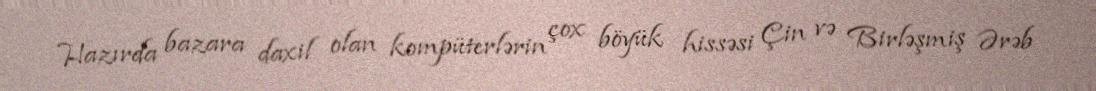
Hazırda bazara daxil olan kompüterlərin çox böyük hissəsi Çin və Birləşmiş Ərəb